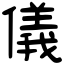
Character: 儀